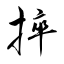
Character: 捽